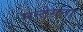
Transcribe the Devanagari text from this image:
मन्टेगना